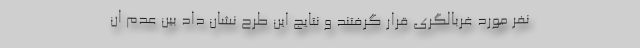
نفر مورد غربالگری قرار گرفتند و نتایج این طرح نشان داد بین عدم ان